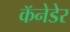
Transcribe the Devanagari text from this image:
कॅनेडेर